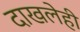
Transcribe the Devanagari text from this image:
दाखलेही